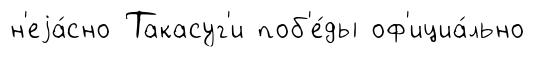
н'еjа́сно Такасуг'и поб'е́ды оф'ициа́льно